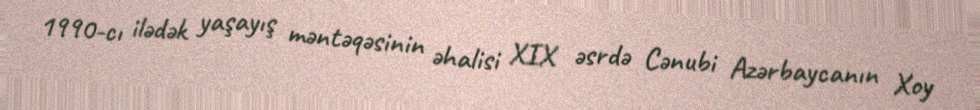
1990-cı ilədək yaşayış məntəqəsinin əhalisi XIX əsrdə Cənubi Azərbaycanın Xoy